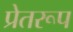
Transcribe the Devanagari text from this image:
प्रेतरूप